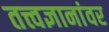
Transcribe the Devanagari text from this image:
तत्त्वज्ञानांवर